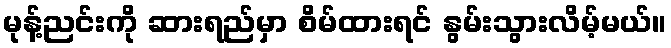
မုန့်ညင်းကို ဆားရည်မှာ စိမ်ထားရင် နွမ်းသွားလိမ့်မယ်။